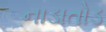
નાડાતોડ